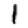
Digit: 1